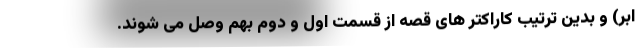
ابر) و بدین ترتیب کاراکتر های قصه از قسمت اول و دوم بهم وصل می شوند.